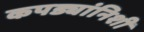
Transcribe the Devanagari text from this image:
कपड्यांनिशी